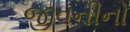
જીવનીનો